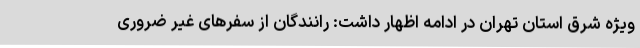
ویژه شرق استان تهران در ادامه اظهار داشت: رانندگان از سفرهای غیر ضروری